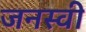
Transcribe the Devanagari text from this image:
जनस्वी